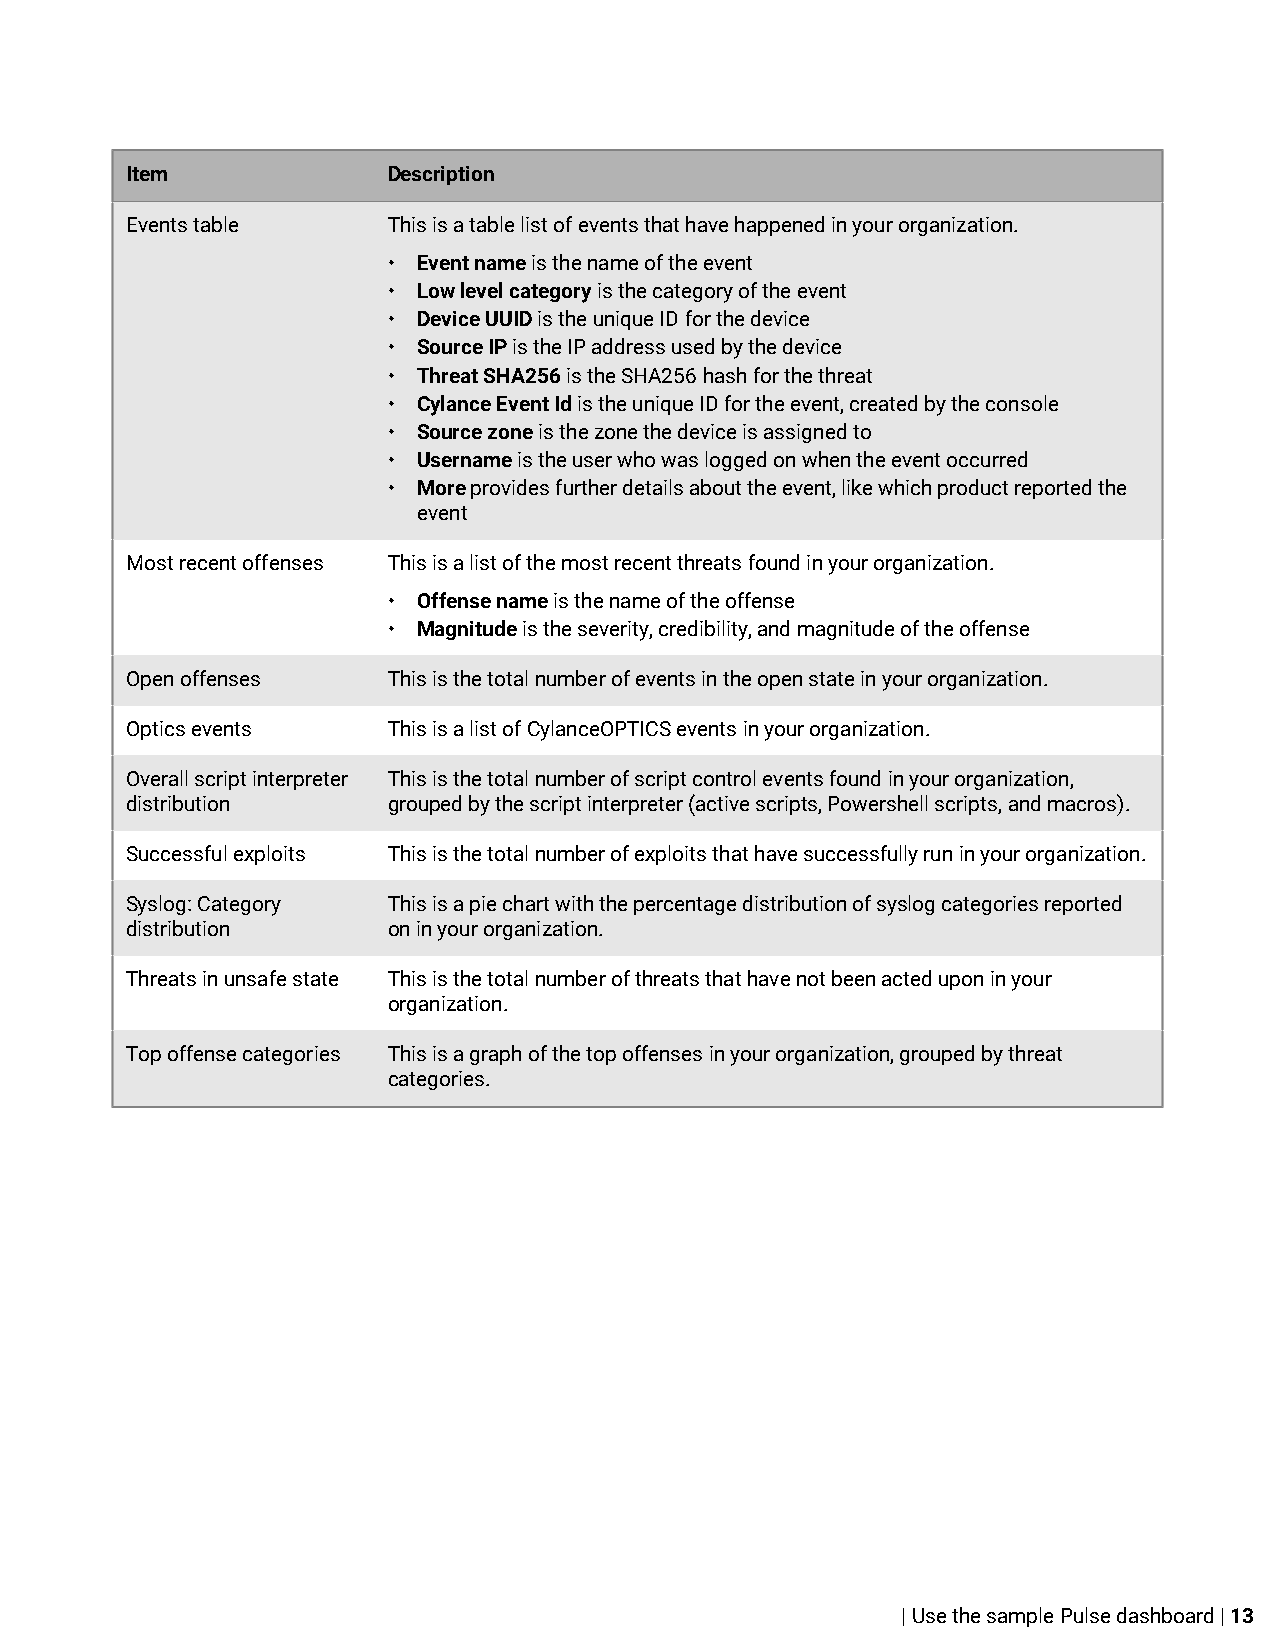
Item              Description
 Events table      This is a table list of events that have happened in your organization.
 • Event name is the name of the event
 • Low level category is the category of the event
 • Device UUID is the unique ID for the device
 • Source IP is the IP address used by the device
 • Threat SHA256 is the SHA256 hash for the threat
 • Cylance Event Id is the unique ID for the event, created by the console
 • Source zone is the zone the device is assigned to
 • Username is the user who was logged on when the event occurred
 • More provides further details about the event, like which product reported the
 event
 Most recent offenses This is a list of the most recent threats found in your organization.
 • Offense name is the name of the offense
 • Magnitude is the severity, credibility, and magnitude of the offense
 Open offenses     This is the total number of events in the open state in your organization.
 Optics events     This is a list of CylanceOPTICS events in your organization.
 Overall script interpreter This is the total number of script control events found in your organization,
 distribution      grouped by the script interpreter (active scripts, Powershell scripts, and macros).
 Successful exploits This is the total number of exploits that have successfully run in your organization.
 Syslog: Category  This is a pie chart with the percentage distribution of syslog categories reported
 distribution      on in your organization.
 Threats in unsafe state This is the total number of threats that have not been acted upon in your
 organization.
 Top offense categories This is a graph of the top offenses in your organization, grouped by threat
 categories.
 | Use the sample Pulse dashboard | 13